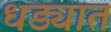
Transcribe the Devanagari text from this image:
धड्यात